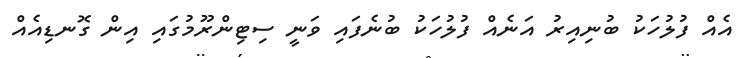
އެއް ފުލުހަކު ބުނިއިރު އަނެއް ފުލުހަކު ބުނެފައި ވަނީ ސިޓިންރޫމުގައި އިން ގޮނޑިއެއް